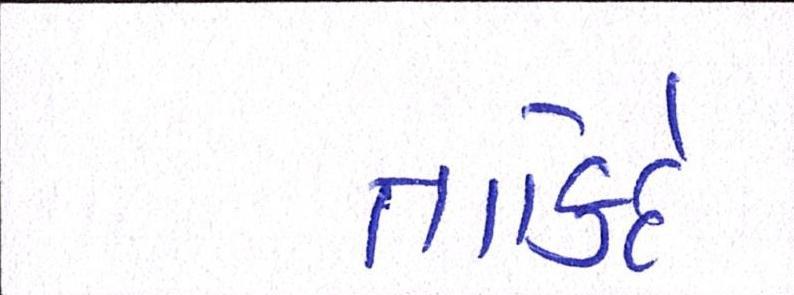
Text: તાકિદે